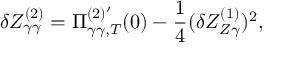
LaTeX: \delta Z _ { \gamma \gamma } ^ { ( 2 ) } = \Pi _ { \gamma \gamma , T } ^ { ( 2 ) ^ { \prime } } ( 0 ) - \frac { 1 } { 4 } ( \delta Z _ { Z \gamma } ^ { ( 1 ) } ) ^ { 2 } ,